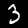
Label: 3